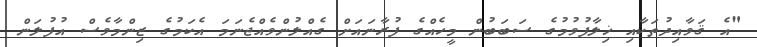
"އެ ޤަވާއިދުތަކާއި ޚިލާފުވުމުގެ ސަބަބުން މީހެއްގެ ފުރާނައަށް ގެއްލުންވެއްޖެނަމަ އެކަމުގެ ޒިންމާވެސް އުފުލަން